Leaving Certificate Examination (including Day School Certificate (Higher) General paper), 1933
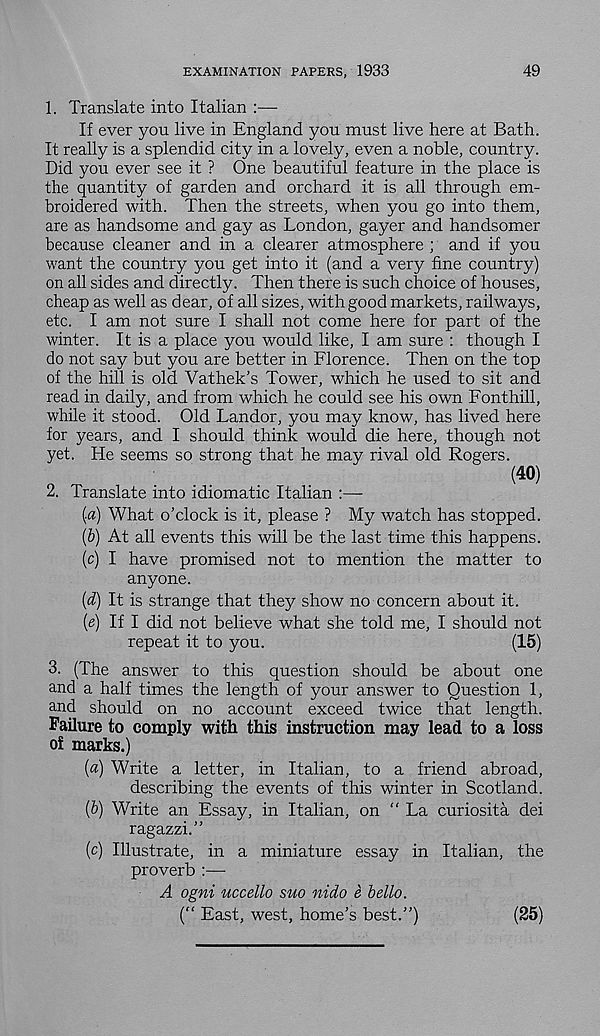
EXAMINATION PAPERS, 1933
49
1. Translate into Italian :—
If ever you live in England you must live here at Bath.
It really is a splendid city in a lovely, even a noble, country.
Did you ever see it ? One beautiful feature in the place is
the quantity of garden and orchard it is all through em-
broidered with. Then the streets, when you go into them,
are as handsome and gay as London, gayer and handsomer
because cleaner and in a clearer atmosphere ; and if you
want the country you get into it (and a very fine country)
on all sides and directly. Then there is such choice of houses,
cheap as well as dear, of all sizes, with good markets, railways,
etc. I am not sure I shall not come here for part of the
winter. It is a place you would like, I am sure : though I
do not say but you are better in Florence. Then on the top
of the hill is old Vathek’s Tower, which he used to sit and
read in daily, and from which he could see his own Fonthill,
while it stood. Old Landor, you may know, has lived here
for years, and I should think would die here, though not
yet. He seems so strong that he may rival old Rogers.
(4°)
2. Translate into idiomatic Italian :—
{a) What o'clock is it, please ? My watch has stopped.
(&) At all events this will be the last time this happens.
(c) I have promised not to mention the matter to
anyone.
(d) It is strange that they show no concern about it.
(e) If I did not believe what she told me, I should not
repeat it to you.
(15)
3. (The answer to this question should be about one
and a half times the length of your answer to Question 1,
and should on no account exceed twice that length.
Failure to comply with this instruction may lead to a loss
of marks.)
{a) Write a letter, in Italian, to a friend abroad,
describing the events of this winter in Scotland.
(b) Write an Essay, in Italian, on “ La curiosita dei
ragazzi.”
(c) Illustrate, in a miniature essay in Italian, the
proverb :—-
A ogni uccello suo nido e hello.
(“ East, west, home’s best.”)
(25)